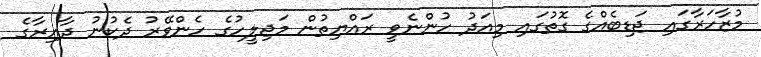
މުޒާހަރާގައި ޖަޑިބެއްގެ ގޮތުގައި މިއަދު ހުންނެވީ ރައްޔިތުން މަޖިލީހުގެ ހެންވޭރު ދެކުނު ދާއިރާގެ